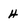
Character: 4